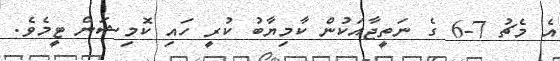
އެ މެޗު 7-6 ގެ ނަތީޖާއަކުން ކާމިޔާބު ކުރީ ހައި ކޮމިޝަން ޓީމެވެ.